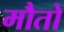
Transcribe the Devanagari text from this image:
मौतो